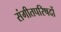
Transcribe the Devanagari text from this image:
संगीतपरिषदों